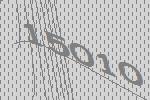
15010